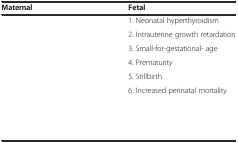
<table><thead><tr><td><b>Maternal</b></td><td><b>Fetal</b></td></tr></thead><tbody><tr><td>[EMPTY_CELL]</td><td>1. Neonatal hyperthyroidism</td></tr><tr><td>[EMPTY_CELL]</td><td>2. Intrauterine growth retardation</td></tr><tr><td>[EMPTY_CELL]</td><td>3. Small-for-gestational- age</td></tr><tr><td>[EMPTY_CELL]</td><td>4. Prematurity</td></tr><tr><td>[EMPTY_CELL]</td><td>5. Stillbirth</td></tr><tr><td>[EMPTY_CELL]</td><td>6. Increased perinatal mortality</td></tr><tr><td>[EMPTY_CELL]</td><td>[EMPTY_CELL]</td></tr><tr><td>[EMPTY_CELL]</td><td>[EMPTY_CELL]</td></tr><tr><td>[EMPTY_CELL]</td><td>[EMPTY_CELL]</td></tr></tbody></table>